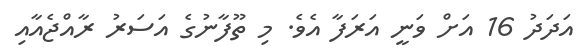
އަދަދު 16 އަށް ވަނީ އަރަފާ އެވެ. މި ތޫފާނުގެ އަސަރު ރާއްޖެއާއި